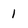
Character: 1